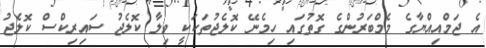
އެ ޖަމްއިއްޔާގެ މެމްބަރުންގެ ގޮތުގައި ހިމެނޭ ކޮލެޖުތަކަކީ ވިލާ ކޮލެޖު ސައިރިކްސް ކޮލެޖު